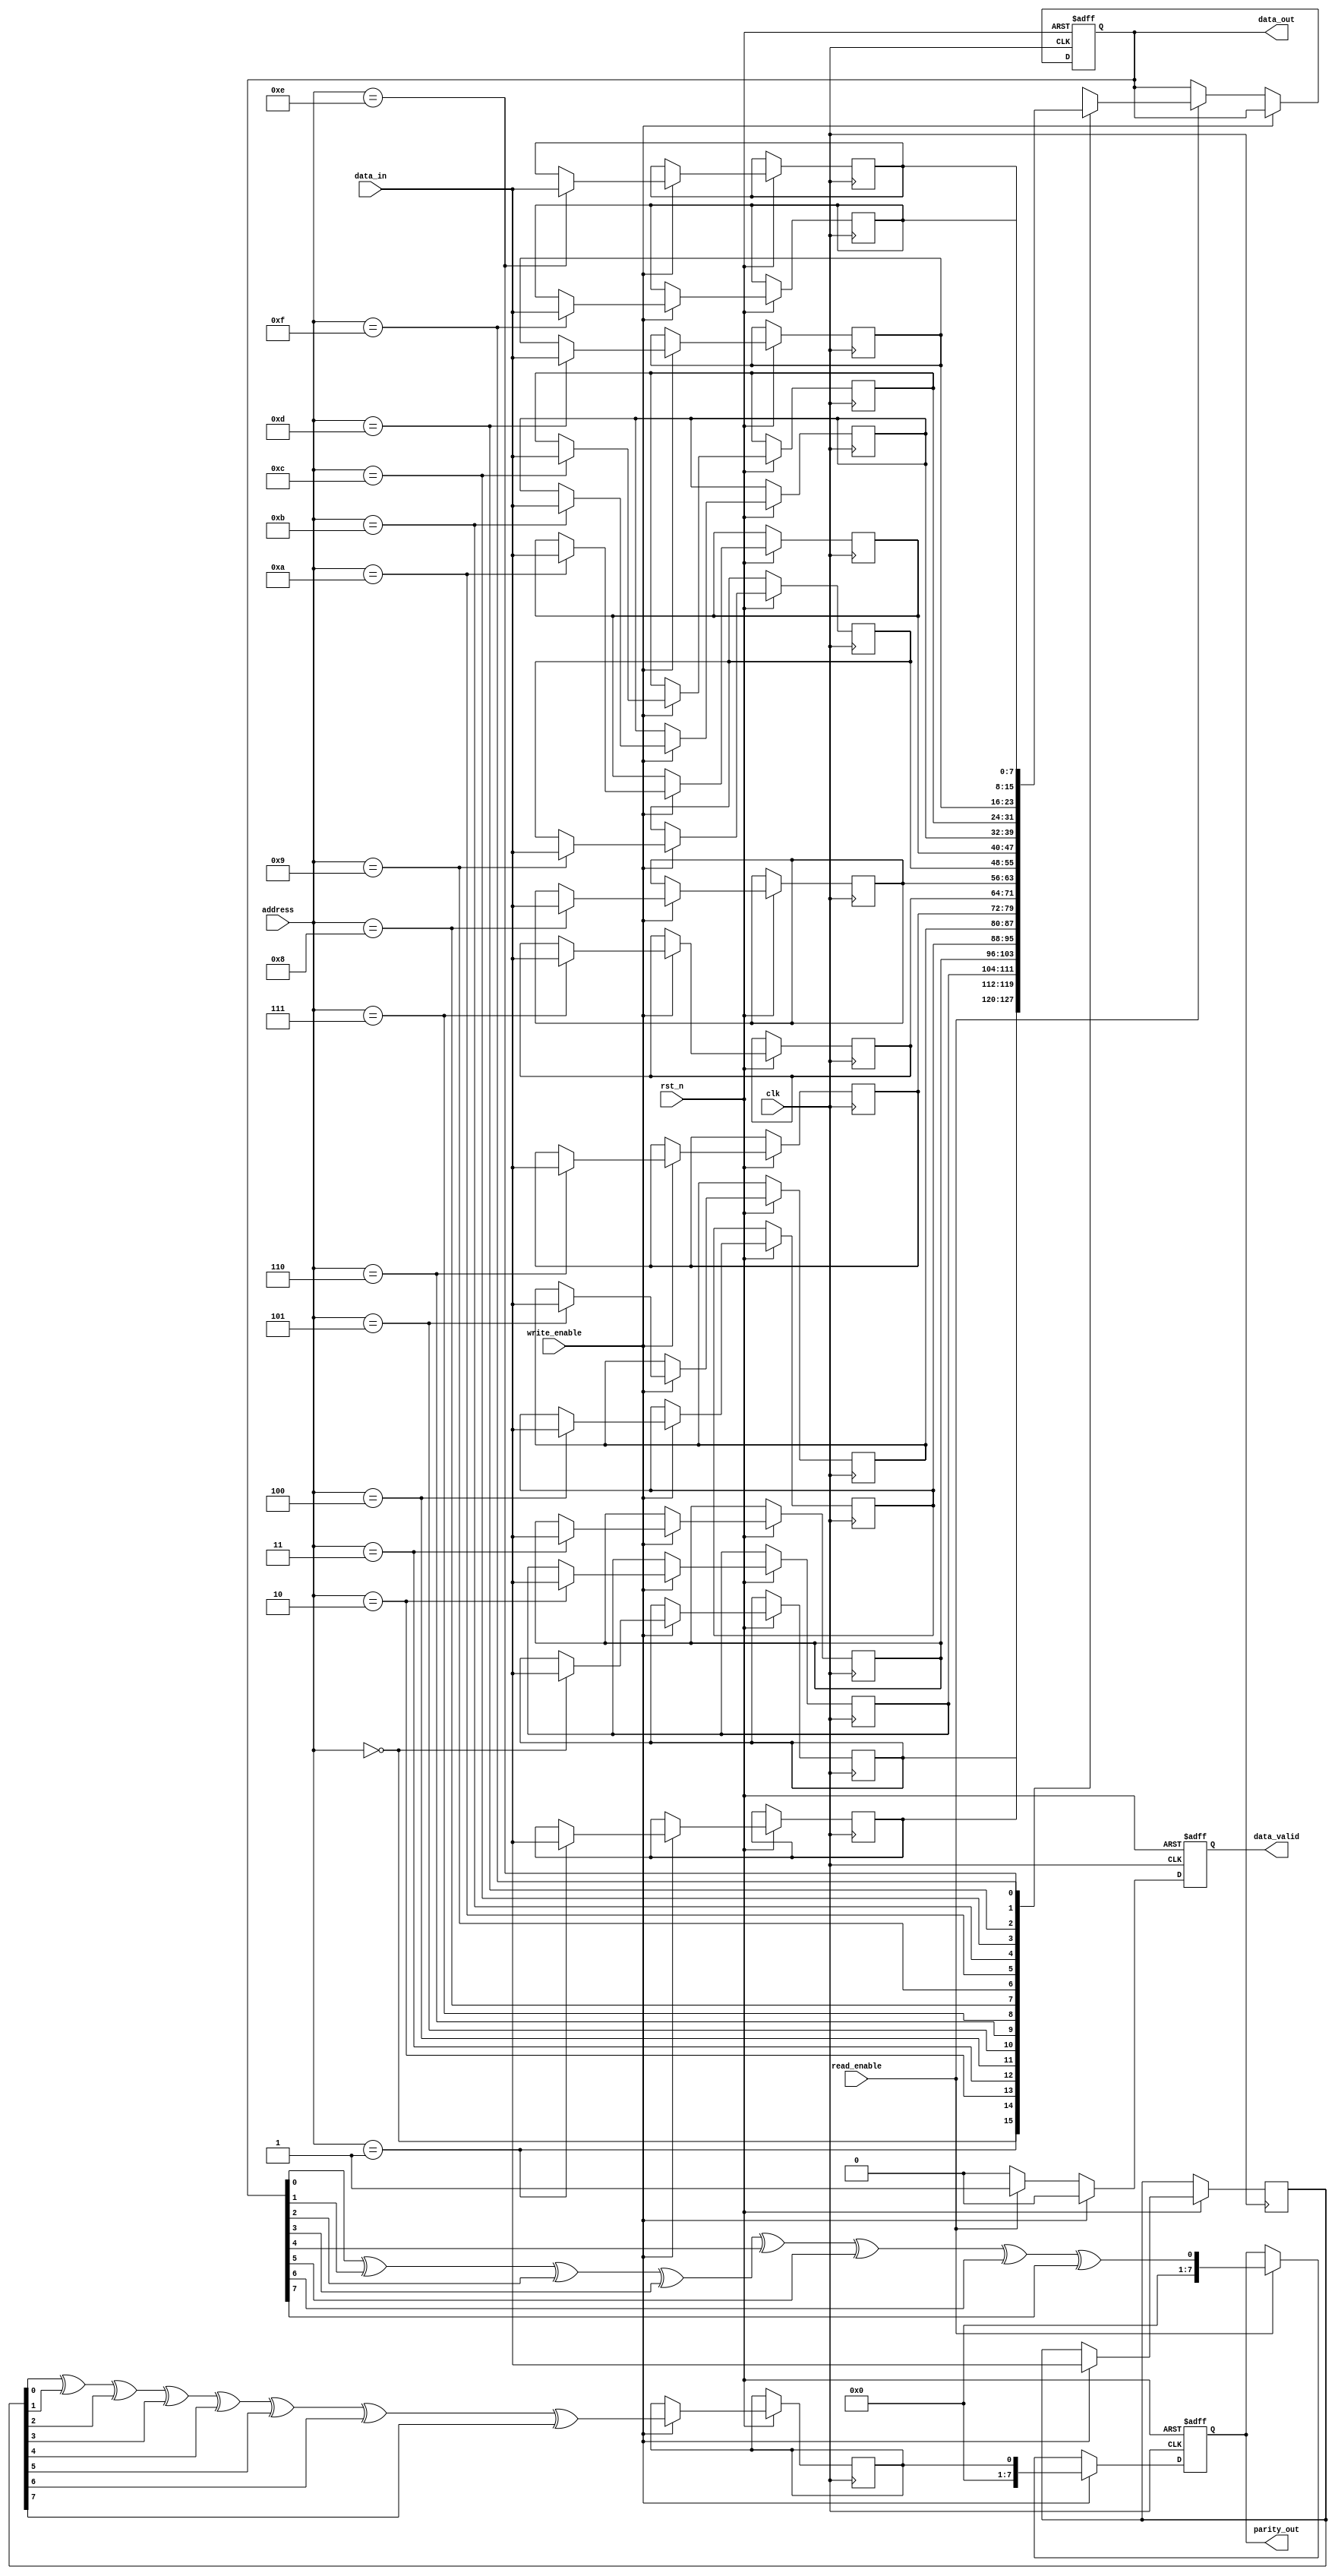
module FeRAM_IO_Block (
    input wire clk,                  // System clock
    input wire rst_n,                // Active-low reset
    input wire write_enable,         // Write enable signal
    input wire read_enable,          // Read enable signal
    input wire [7:0] data_in,        // Data input
    output reg [7:0] data_out,       // Data output
    input wire [3:0] address,        // Address input
    output reg data_valid,           // Data valid signal
    output reg [7:0] parity_out      // Parity output
);

    reg [7:0] memory_array [0:15];   // Memory array (16 x 8 bits)
    reg [7:0] data_latch;             // Data latch for write operation
    reg parity_bit;                   // Parity bit for error detection

    // Parity calculation
    function calculate_parity(input [7:0] data);
        integer i;
        begin
            calculate_parity = 0;
            for (i = 0; i < 8; i = i + 1) begin
                calculate_parity = calculate_parity ^ data[i];
            end
        end
    endfunction

    // Control logic for read and write operations
    always @(posedge clk or negedge rst_n) begin
        if (!rst_n) begin
            data_out <= 8'b0;
            data_valid <= 1'b0;
            parity_out <= 8'b0;
        end else begin
            if (write_enable) begin
                // Write operation
                memory_array[address] <= data_in;
                data_latch <= data_in;
                parity_bit <= calculate_parity(data_latch);
                parity_out <= {7'b0, parity_bit}; // Store parity in the MSB
                data_valid <= 1'b0; // Data not valid until read
            end else if (read_enable) begin
                // Read operation
                data_out <= memory_array[address];
                data_valid <= 1'b1; // Data valid after read
                parity_out <= {7'b0, calculate_parity(data_out)}; // Update parity on read
            end else begin
                data_valid <= 1'b0; // No valid data if neither read nor write
            end
        end
    end

endmodule